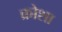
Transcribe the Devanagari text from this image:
क्रोशा